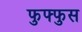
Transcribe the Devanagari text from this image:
फुफ्‍फुस